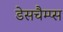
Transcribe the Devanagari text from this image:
डेसचैम्प्स